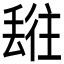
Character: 𬻯